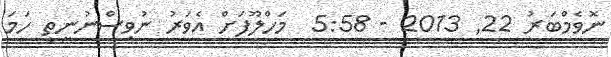
ނޮވެމްބަރު 22